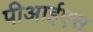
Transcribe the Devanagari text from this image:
पीआईएस